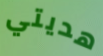
هديتي